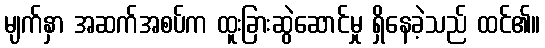
မျက်နှာ အဆက်အစပ်က ထူးခြားဆွဲဆောင်မှု ရှိနေခဲ့သည် ထင်၏။